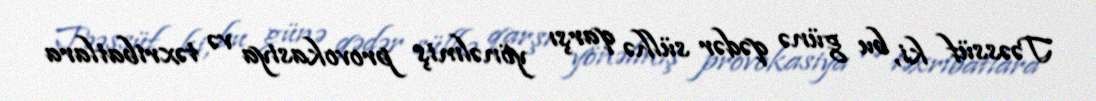
Təəssüf ki, bu günə qədər sülhə qarşı yönəlmiş provokasiya və təxribatlara